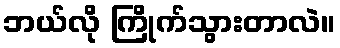
ဘယ်လို ကြိုက်သွားတာလဲ။